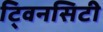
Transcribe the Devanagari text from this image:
टि्वनसिटी